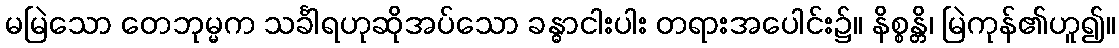
မမြဲသော တေဘုမ္မက သင်္ခါရဟုဆိုအပ်သော ခန္ဓာငါးပါး တရားအပေါင်း၌။ နိစ္စန္တိ၊ မြဲကုန်၏ဟူ၍။